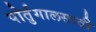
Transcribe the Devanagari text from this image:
पोर्तुगालसाठी